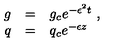
\begin{array} { r c l } { g } & { = } & { g _ { c } e ^ { - \epsilon ^ { 2 } t } \ , } \\ { q } & { = } & { q _ { c } e ^ { - \epsilon z } \ } \\ \end{array}